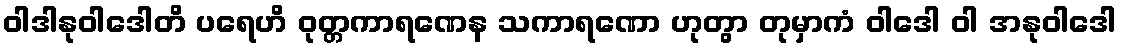
ဝါဒါနုဝါဒေါတိ ပရေဟိ ဝုတ္တကာရဏေန သကာရဏော ဟုတွာ တုမှာကံ ဝါဒေါ ဝါ အနုဝါဒေါ